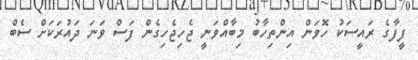
ފީފާގެ ރައީސަކު ހޮވަން އިންތިހާބު މިބާއްވަނީ ޖެހިޖެހިގެން ފަސް ވަނަ ދައުރަކަށް ސެބް